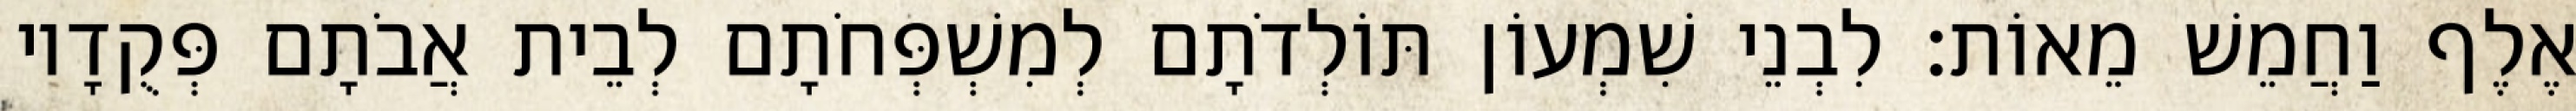
אֶלֶף וַחֲמֵשׁ מֵאוֹת׃ לִבְנֵי שִׁמְעוֹן תּוֹלְדֹתָם לְמִשְׁפְּחֹתָם לְבֵית אֲבֹתָם פְּקֻדָיו